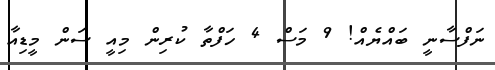
ނަފްސާނީ ބައްޔެއް! 9 މަސް 4 ހަފްތާ ކުރިން މިއީ ސަން މީޑިއާ